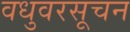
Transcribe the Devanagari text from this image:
वधुवरसूचन